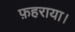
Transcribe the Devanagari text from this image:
फ़हराया।